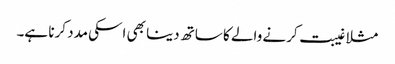
مثلا غیبت کرنے والے کا ساتھ دینا بھی اسکی مدد کرنا ہے۔